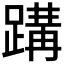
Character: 𮜂